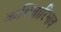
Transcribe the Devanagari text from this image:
व्यभिचारिभाव